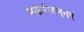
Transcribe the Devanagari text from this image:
मकरंजनगर